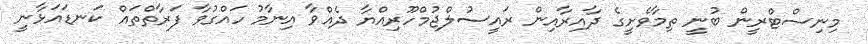
މިނިސްޓްރީން ބުނީ ތިމާވެށީގެ ދާއިރާއިން ރައީސުލްޖުމްހޫރިއްޔާ ދެއްވާ އިނާމު ހައްގުވާ ފަރާތްތައް ކަނޑައަޅާނީ